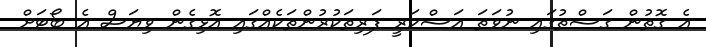
އެ ގޮތުން ގަސްތުގައި ނުވަތަ އަސްކަރީ ފަރިތަކުރުންތަކެއްގައި އޮޅިގެން ވިޔަސް އެ ބޯޓަށް